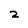
Character: 2